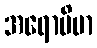
အရောပိမာ